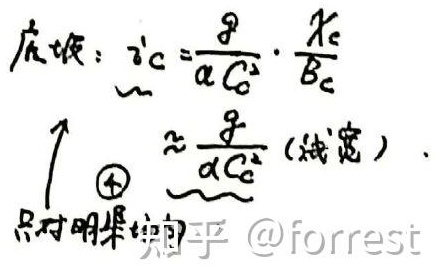
反应：
\(v_{C}=\frac{\partial}{\alpha C_{0}^{2}}\cdot\frac{X_{C}}{B_{C}}\approx\frac{\partial}{\alpha C_{0}^{2}}\) (线宽)。$\textcircled{1}$ 只对明渠流乎 @forrest